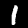
Label: 1